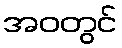
အဝတွင်